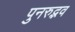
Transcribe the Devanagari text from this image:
पुनरुद्भव